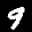
Label: 9